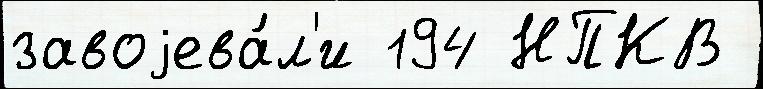
завоjева́л'и 194 НПКВ